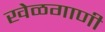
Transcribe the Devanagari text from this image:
खेळगाणी